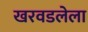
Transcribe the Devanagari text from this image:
खरवडलेला